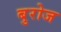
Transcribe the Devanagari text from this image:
बुरोज